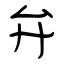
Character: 弁